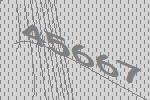
45667